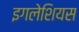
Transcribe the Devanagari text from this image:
इगलेशियस